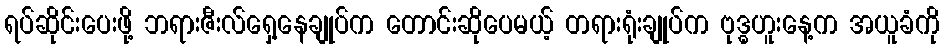
ရပ်ဆိုင်းပေးဖို့ ဘရားဇီးလ်ရှေ့နေချုပ်က တောင်းဆိုပေမယ့် တရားရုံးချုပ်က ဗုဒ္ဓဟူးနေ့က အယူခံကို